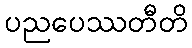
ပညပေဿတီတိ